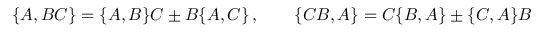
\{ A , B C \} = \{ A , B \} C \pm B \{ A , C \} \, , \qquad \{ C B , A \} = C \{ B , A \} \pm \{ C , A \} B